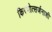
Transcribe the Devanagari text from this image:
किरणोत्सर्जनाशी